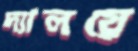
দ্যালয়ে